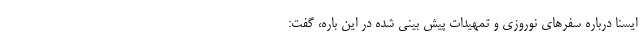
ایسنا درباره سفرهای نوروزی و تمهیدات پیش بینی شده در این باره، گفت: